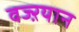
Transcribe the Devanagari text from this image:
वज्ऱयान